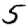
Digit: 5